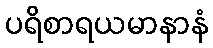
ပရိစာရယမာနာနံ